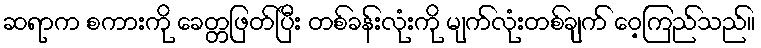
ဆရာက စကားကို ခေတ္တဖြတ်ပြီး တစ်ခန်းလုံးကို မျက်လုံးတစ်ချက် ဝေ့ကြည်သည်။